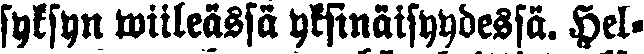
syksyn wiileässä yksinäisyydessä. Hel-